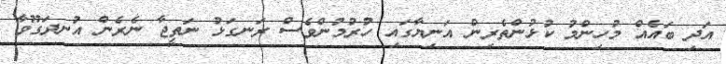
އަދި ބައެއް މުހިންމު ކުޅުންތެރިން އަނިޔާގައި ހުރުމުންވެސް ރަނގަޅު ނަތީޖާ ނެރެން އުނދަގޫވާ